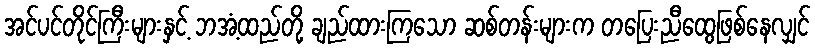
အင်ပင်တိုင်ကြီးများနှင့် ဘအံ့ထည်တို့ ချည်ထားကြသော ဆစ်တန်းများက တပြေးညီထွေဖြစ်နေလျှင်